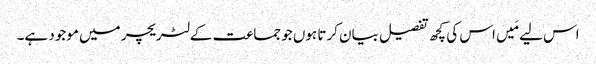
اس لیے مَیں اس کی کچھ تفصیل بیان کرتا ہوں جو جماعت کے لٹریچر میں موجود ہے۔